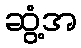
ဆွံ့အ